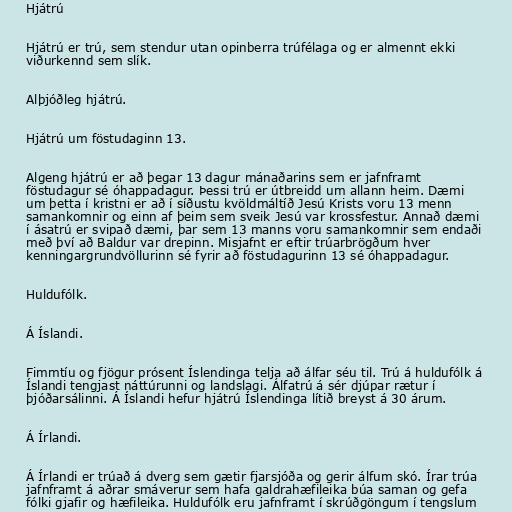
Hjátrú

Hjátrú er trú, sem stendur utan opinberra trúfélaga og er almennt ekki
viðurkennd sem slík.

Alþjóðleg hjátrú.

Hjátrú um föstudaginn 13.

Algeng hjátrú er að þegar 13 dagur mánaðarins sem er jafnframt
föstudagur sé óhappadagur. Þessi trú er útbreidd um allann heim. Dæmi
um þetta í kristni er að í síðustu kvöldmáltíð Jesú Krists voru 13 menn
samankomnir og einn af þeim sem sveik Jesú var krossfestur. Annað dæmi
í ásatrú er svipað dæmi, þar sem 13 manns voru samankomnir sem endaði
með því að Baldur var drepinn. Misjafnt er eftir trúarbrögðum hver
kenningargrundvöllurinn sé fyrir að föstudagurinn 13 sé óhappadagur.

Huldufólk.

Á Íslandi.

Fimmtíu og fjögur prósent Íslendinga telja að álfar séu til. Trú á huldufólk á
Íslandi tengjast náttúrunni og landslagi. Álfatrú á sér djúpar rætur í
þjóðarsálinni. Á Íslandi hefur hjátrú Íslendinga lítið breyst á 30 árum.

Á Írlandi.

Á Írlandi er trúað á dverg sem gætir fjarsjóða og gerir álfum skó. Írar trúa
jafnframt á aðrar smáverur sem hafa galdrahæfileika búa saman og gefa
fólki gjafir og hæfileika. Huldufólk eru jafnframt í skrúðgöngum í tengslum